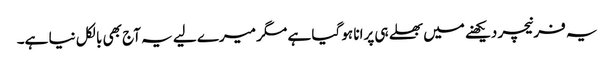
یہ فرنیچر دیکھنے میں بھلے ہی پرانا ہو گیا ہے مگر میرے لیے یہ آج بھی بالکل نیا ہے۔